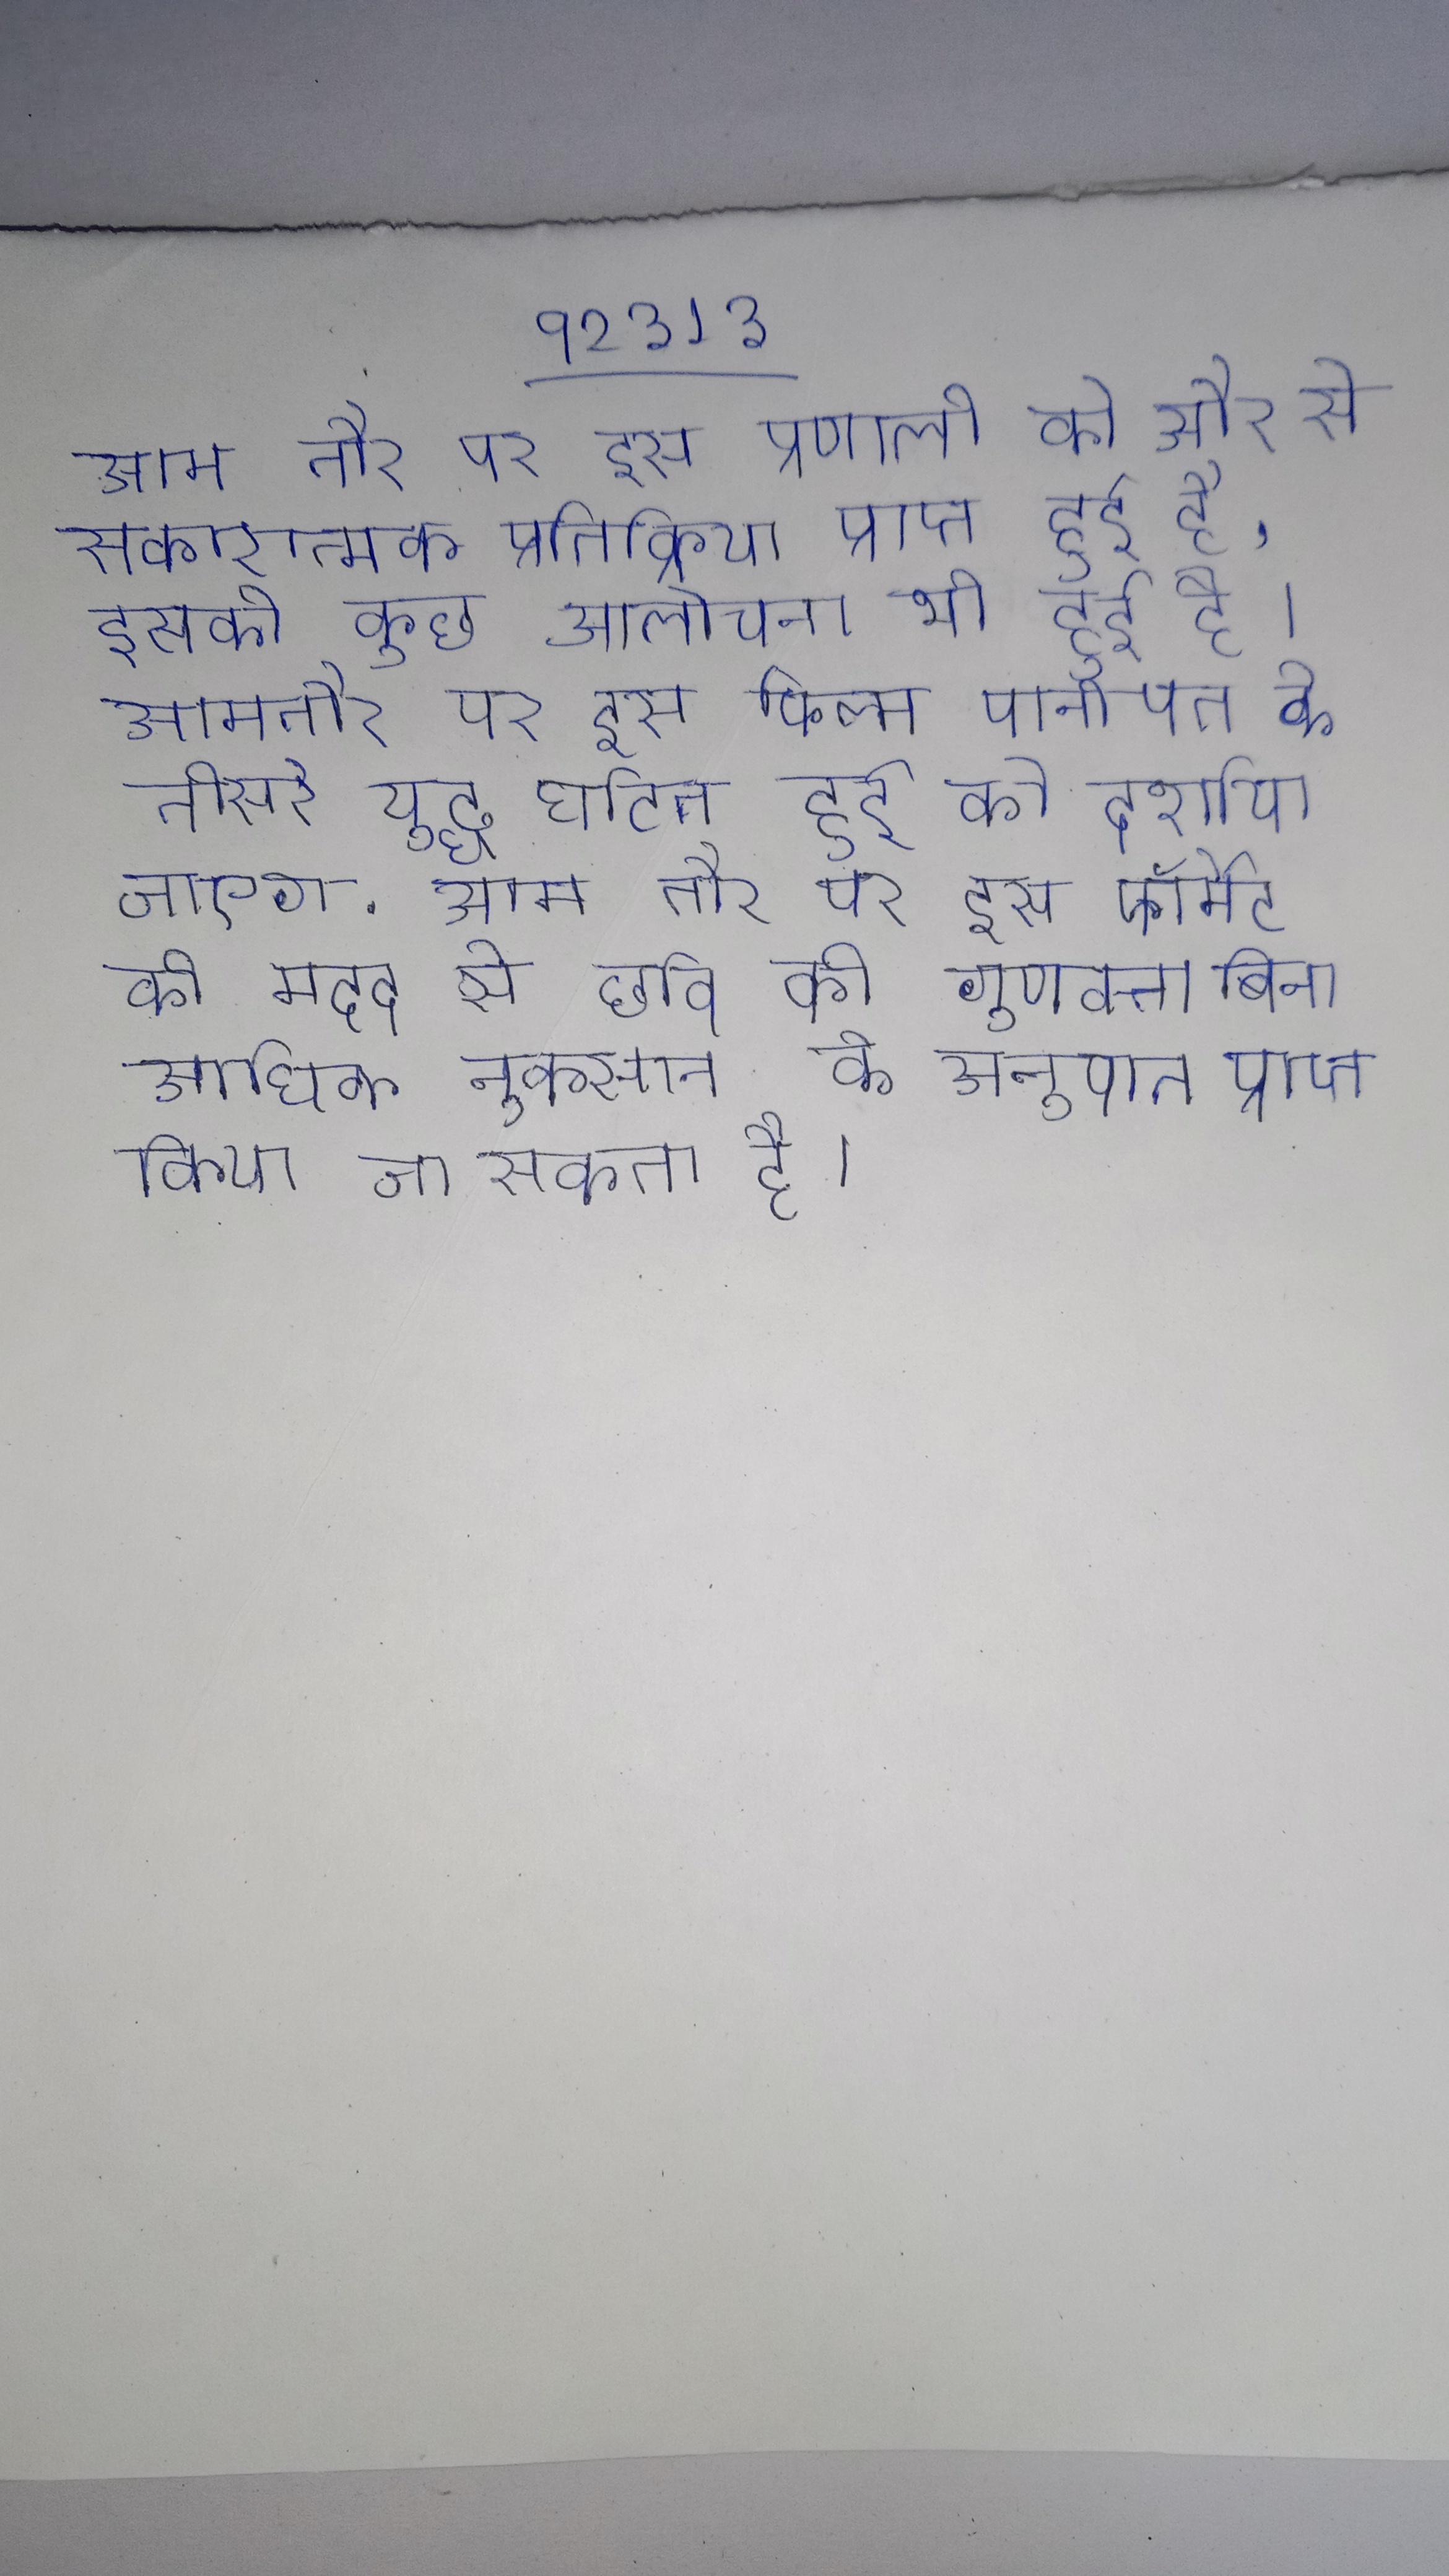
आम तौर पर इस प्रणाली को और से सकारात्मक प्रतिक्रिया प्राप्त हुई है, इसकी कुछ आलोचना भी हुई है । आमतौर पर इस फिल्म पानीपत के तीसरे युद्ध घटित हुई को दर्शाया जाएगा . आम तौर पर इस फॉर्मेट की मदद से छवि की गुणवत्ता बिना अधिक नुकसान के अनुपात प्राप्त किया जा सकता है ।